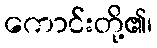
ကောင်းတို့၏၊